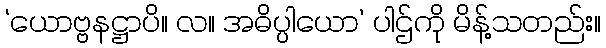
‘ယောဗ္ဗနဋ္ဌာပိ။ လ။ အဓိပ္ပါယော’ ပါဌ်ကို မိန့်သတည်း။